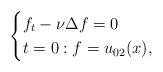
LaTeX: \begin{align*}\begin{cases}f_t-\nu \Delta f=0\\t=0:f=u_{02}(x),\end{cases}\end{align*}